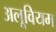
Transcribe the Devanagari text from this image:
अलूवियम